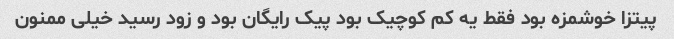
پیتزا خوشمزه بود فقط یه کم کوچیک بود پیک رایگان بود و زود رسید خیلی ممنون